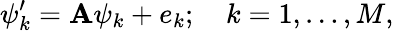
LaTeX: \psi_{k}^{\prime}=\mathbf{A}\psi_{k}+e_{k};\quad k=1,\dots,M,